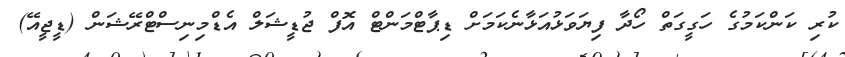
ކުރި ކަންކަމުގެ ހަގީގަތް ހޯދާ ފިޔަވަޅުއަޅާނެކަމަށް ޑިޕާޓްމަންޓް އޮފް ޖުޑީޝަލް އެޑްމިނިސްޓްރޭޝަން (ޑީޖީއޭ)